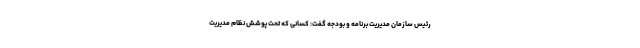
رئیس سازمان مدیریت برنامه و بودجه گفت: کسانی که تحت پوشش نظام مدیریت